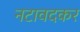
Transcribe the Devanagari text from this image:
नटावदकर